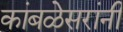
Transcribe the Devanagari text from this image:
कांबळेसरांनी